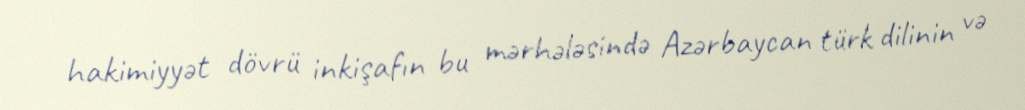
hakimiyyət dövrü inkişafın bu mərhələsində Azərbaycan türk dilinin və